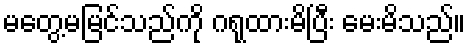
မတွေ့မမြင်သည်ကို ဂရုထားမိပြီး မေးမိသည်။